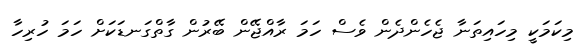
މިކަމަކީ މިހައިތަނާ ޖެހެންދެން ވެސް ހަމަ ރާއްޖޭން ބޭރުން ގާތްގަނޑަކަށް ހަމަ ހުރިހާ